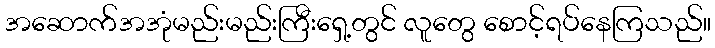
အဆောက်အအုံမည်းမည်းကြီးရှေ့တွင် လူတွေ စောင့်ရပ်နေကြသည်။